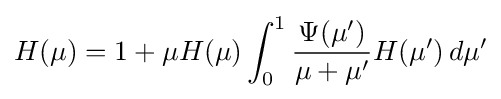
H(\mu )=1+\mu H(\mu )\int _{0}^{1}{\frac {\Psi (\mu ')}{\mu +\mu '}}H(\mu ')\,d\mu '